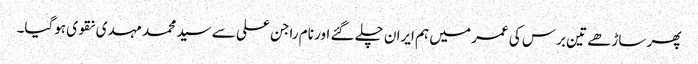
پھر ساڑھے تین برس کی عمر میں ہم ایران چلے گئے اور نام راجن علی سے سید محمد مہدی نقوی ہوگیا۔